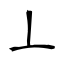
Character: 丄